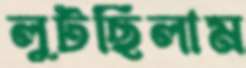
লুটছিলাম